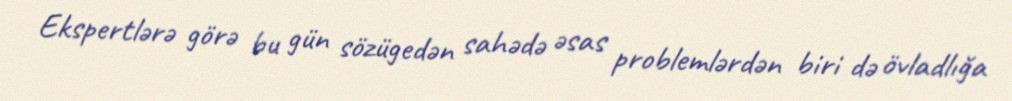
Ekspertlərə görə bu gün sözügedən sahədə əsas problemlərdən biri də övladlığa